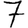
Digit: 7